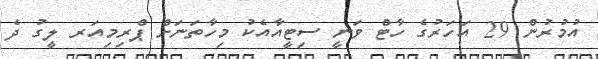
އުމުރުން 29 އަހަރުގެ ހާޓް ވަނީ ސިޓީއާއެކު މިހާތަނަށް ޕްރިމިއަރ ލީގު ދެ